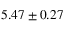
5 . 4 7 \pm 0 . 2 7